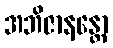
အဘိဇာနန္တော